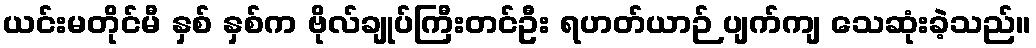
ယင်းမတိုင်မီ နှစ် နှစ်က ဗိုလ်ချုပ်ကြီးတင်ဦး ရဟတ်ယာဉ် ပျက်ကျ သေဆုံးခဲ့သည်။